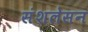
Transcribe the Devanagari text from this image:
संशलेसन